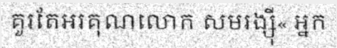
គួរតែអរគុណលោក សមរង្ស៊ី« អ្នក